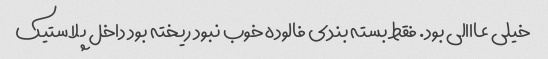
خیلی عااالی بود. فقط بسته بندی فالوده خوب نبود ریخته بود داخل پلاستیک